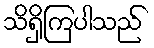
သိရှိကြပါသည်